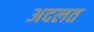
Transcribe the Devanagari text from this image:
अदलत